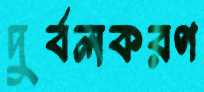
দুর্বলকরণ